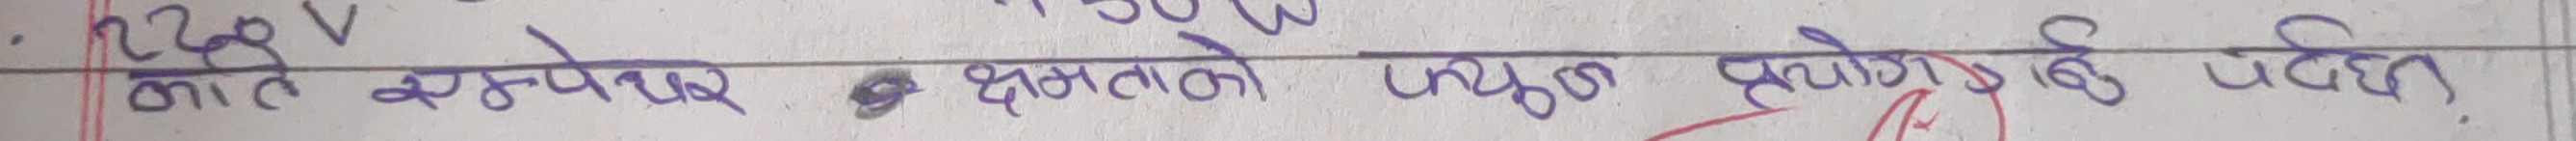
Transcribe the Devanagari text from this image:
220 V माथि स्पष्टिकरण दक्षताको उपयोग को उद्देश्य